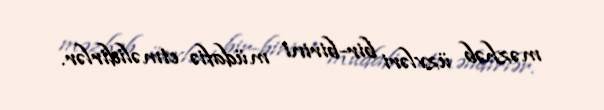
məzhəb üzvləri bir-birini müdafiə etməlidirlər.